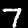
Digit: 7